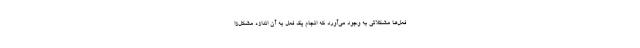
فعل‌ها مشکلاتی به وجود می‌آورد که انجام یک فعل به آن اندازه مشکل‌زا